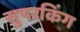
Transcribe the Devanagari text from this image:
सुपरकिंग